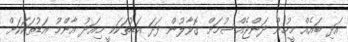
އަދި ބައެއް މީހުން ދަންޖެއްސުމަށް ގޮވާލުން ފަދަ އަޑުތަކަކީ މިއަދު އާންމު އަޑުތަކަކަށް